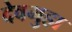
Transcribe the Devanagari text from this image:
देवगुहा